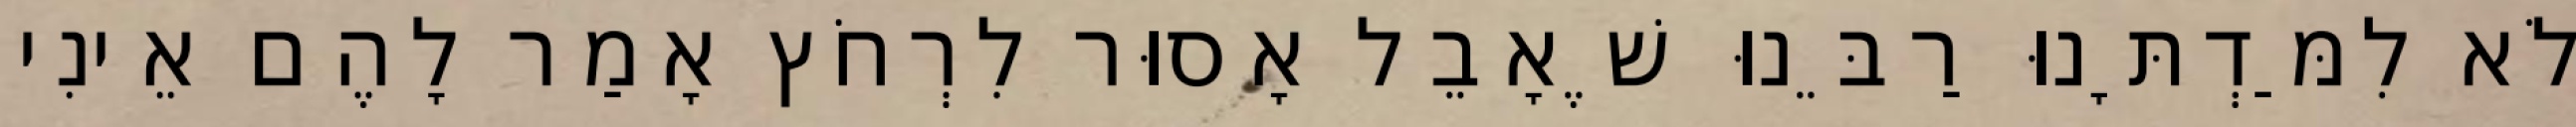
לֹא לִמַּדְתָּנוּ רַבֵּנוּ שֶׁאָבֵל אָסוּר לִרְחֹץ אָמַר לָהֶם אֵינִי